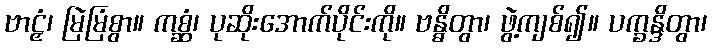
ဗာဠှံ၊ မြဲမြံစွာ။ ကစ္ဆံ၊ ပုဆိုးအောက်ပိုင်းကို။ ဗန္ဓိတွာ၊ ဖွဲ့ကျစ်၍။ ပက္ခန္ဒိတွာ၊